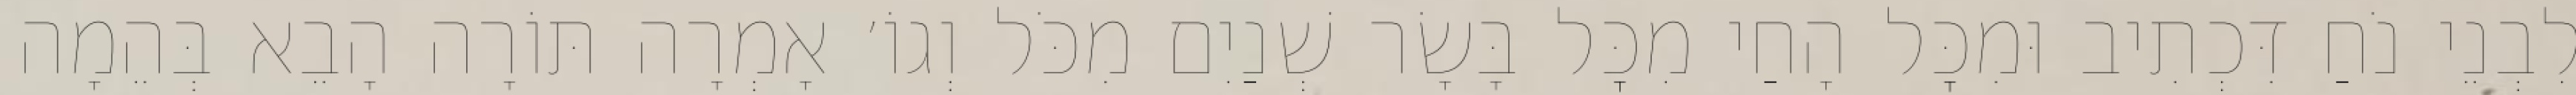
לִבְנֵי נֹחַ דִּכְתִיב וּמִכׇּל הָחַי מִכׇּל בָּשָׂר שְׁנַיִם מִכֹּל וְגוֹ׳ אָמְרָה תּוֹרָה הָבֵא בְּהֵמָה